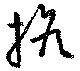
擔